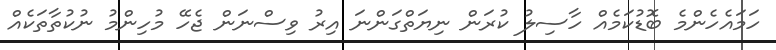
ހަމައެހެންމެ ބޮޑުކަމެއް ހާސިލު ކުރަން ނިޔަތްގަންނަ އިރު ވިސްނަން ޖެހޭ މުހިންމު ނުކުތާތަކެއް